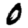
Digit: 0